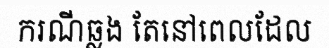
ករណីឆ្លង តែនៅពេលដែល